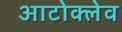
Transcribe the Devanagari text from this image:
आटोक्‍लेव